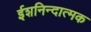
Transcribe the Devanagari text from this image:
ईशनिन्दात्मक